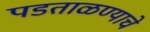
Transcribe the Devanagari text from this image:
पडताळण्याचे